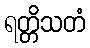
ရတ္တိသတံ